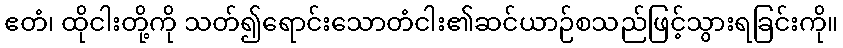
ဧတံ၊ ထိုငါးတို့ကို သတ်၍ရောင်းသောတံငါး၏ဆင်ယာဉ်စသည်ဖြင့်သွားရခြင်းကို။